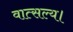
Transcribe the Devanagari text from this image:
वात्सल्य।